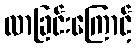
လာခြင်းကြောင့်